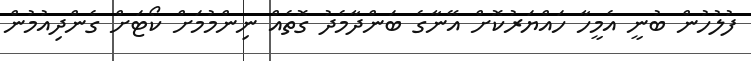
ފުލުހުން ބުނީ އެމީހާ ހައްޔަރުކޮށް އޭނާގެ ބަންދާމެދު ގޮތެއް ނިންމުމަށް ކޯޓަށް ގެންދިއުމުން